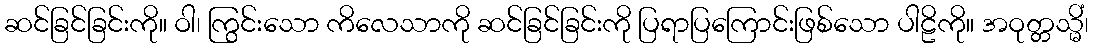
ဆင်ခြင်ခြင်းကို။ ဝါ၊ ကြွင်းသော ကိလေသာကို ဆင်ခြင်ခြင်းကို ပြရာပြကြောင်းဖြစ်သော ပါဠိကို။ အဝုတ္တသ္မိံ၊